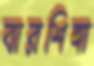
বারশিঙ্গা